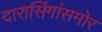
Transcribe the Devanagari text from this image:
दारासिंगांसमोर